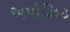
અપોઝિટ